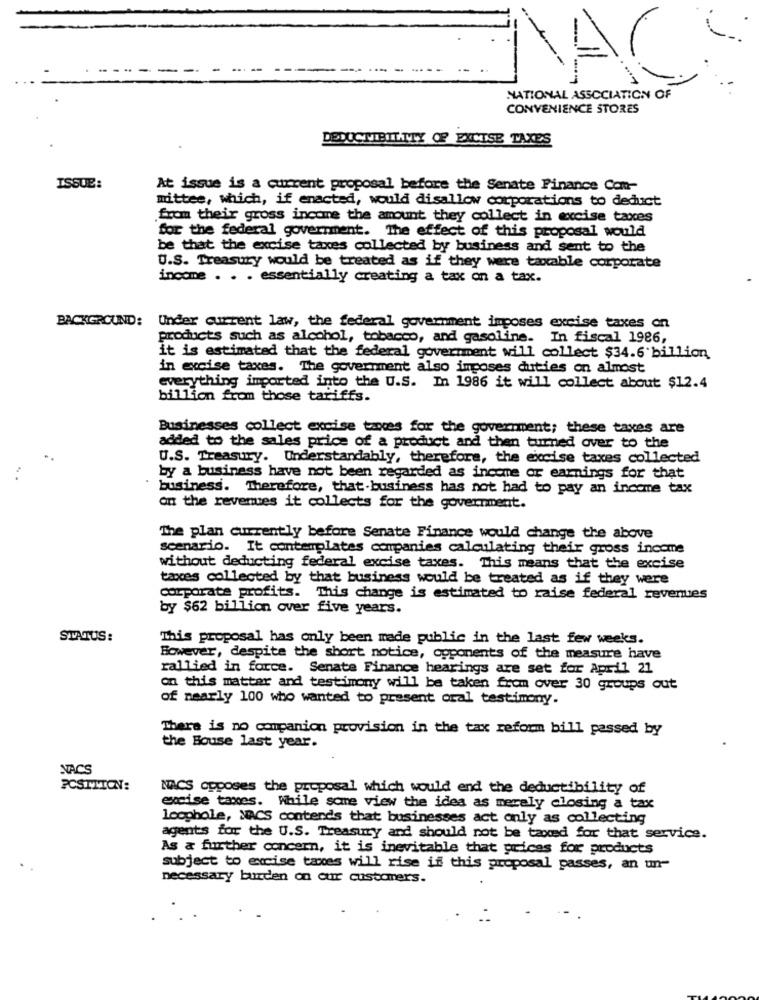
NATIONAL ASSOCIATION OF
CONVENIENCE STORES
DEDUCTIBILITY OF EXCISE TAXES
ISSUE:
At issue is a current proposal before the Senate Finance Con-
mittee, which, if enacted, would disallow corporations to deduct
from their gross income the amount they collect in excise taxes
for the federal government. The effect of this proposal would
be that the excise taxes collected by business and sent to the
U.S. Treasury would be treated as if they were taxable corporate
income . . . essentially creating a tax on a tax.
BACKGROUND: Under current law, the federal government imposes excise taxes on
products such as alcohol, tobacco, and gasoline. In fiscal 1986,
it is estimated that the federal government will collect $34.6 billion
in excise taxes. The government also imposes duties on almost
everything imported into the U.S. In 1986 it will collect about $12.4
billion from those tariffs.
Businesses collect excise taxes for the government; these taxes are
added to the sales price of a product and then turned over to the
U.S. Treasury. Understandably, therefore, the excise taxes collected
by a business have not been regarded as income or earnings for that
business. Therefore, that-business has not had to pay an income tax
on the revenues it collects for the government.
The plan currently before Senate Finance would change the above
scenario. It contemplates companies calculating their gross income
without deducting federal excise taxes. This means that the excise
taxes collected by that business would be treated as if they were
corporate profits. This change is estimated to raise federal revenues
by $62 billion over five years.
STATUS:
This proposal has only been made public in the last few weeks.
However, despite the short notice, coponents of the measure have
rallied in force. Senate Finance hearings are set for April 21
on this matter and testimony will be taken from over 30 groups out
of nearly 100 who wanted to present oral testimony.
There is no companion provision in the tax reform bill passed by
the House last year.
NACS
POSITION:
NACS opposes the proposal which would end the deductibility of
excise taxes. While some view the idea as merely closing a tax
loophole, NACS contends that businesses act only as collecting
agents for the U.S. Treasury and should not be taxed for that service.
As & further concern, it is inevitable that prices for products
subject to excise taxes will rise if this proposal passes, an un-
necessary burden on our customers.